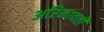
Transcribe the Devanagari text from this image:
अरिकावती